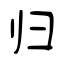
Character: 归